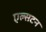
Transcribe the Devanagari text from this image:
एल्सटन